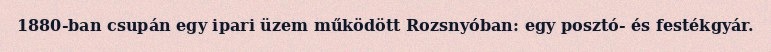
1880-ban csupán egy ipari üzem működött Rozsnyóban: egy posztó- és festékgyár.